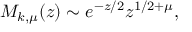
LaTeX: M _ { k , \mu } ( z ) \sim e ^ { - z / 2 } z ^ { 1 / 2 + \mu } ,